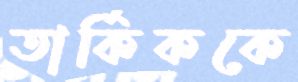
তার্কিককে